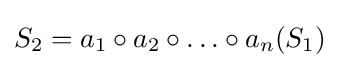
S_{2}=a_{1}\circ a_{2}\circ \ldots \circ a_{n}(S_{1})